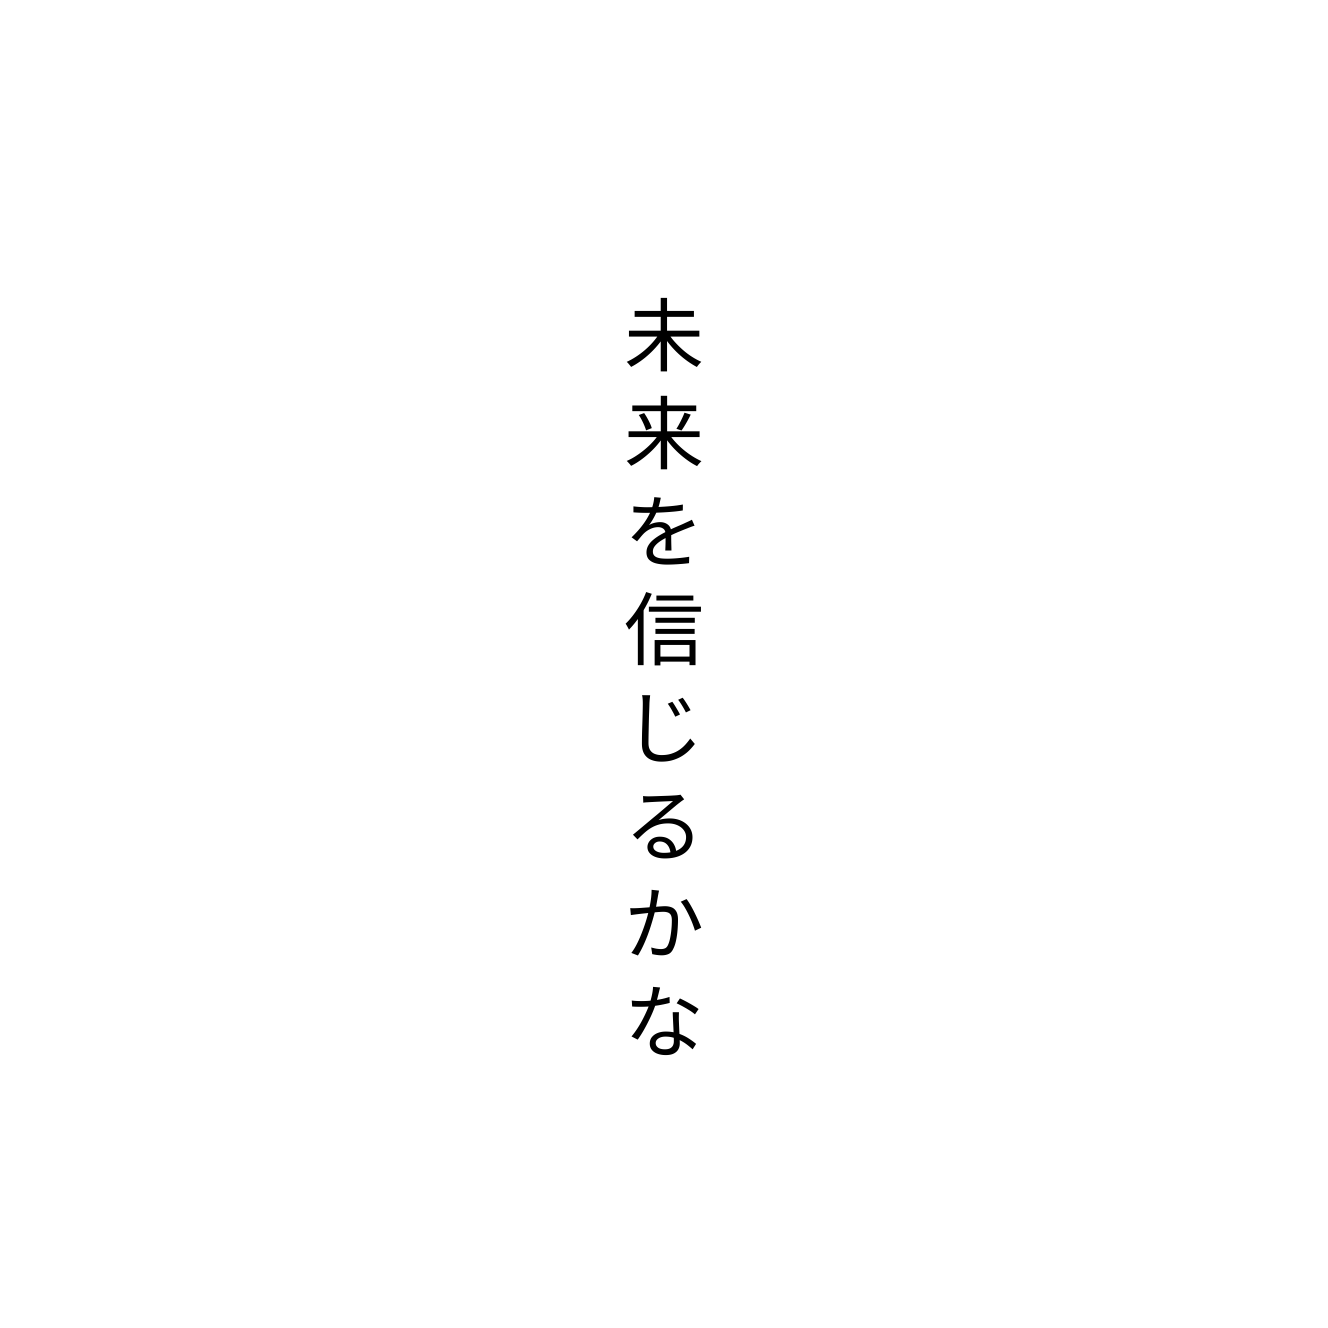
未来を信じるかな